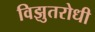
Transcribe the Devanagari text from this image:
विझुतरोधी